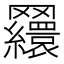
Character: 𦍃